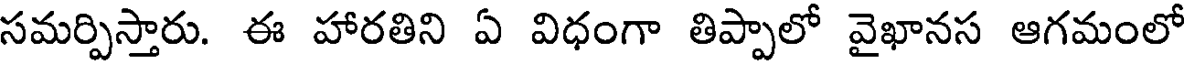
సమర్పిస్తారు. ఈ హారతిని ఏ విధంగా తిప్పాలో వైఖానస ఆగమంలో